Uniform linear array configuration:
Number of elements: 32
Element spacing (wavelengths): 0.25
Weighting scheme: binomial
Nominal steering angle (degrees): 0
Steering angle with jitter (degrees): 1.447
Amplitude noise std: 0.05
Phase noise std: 0.05

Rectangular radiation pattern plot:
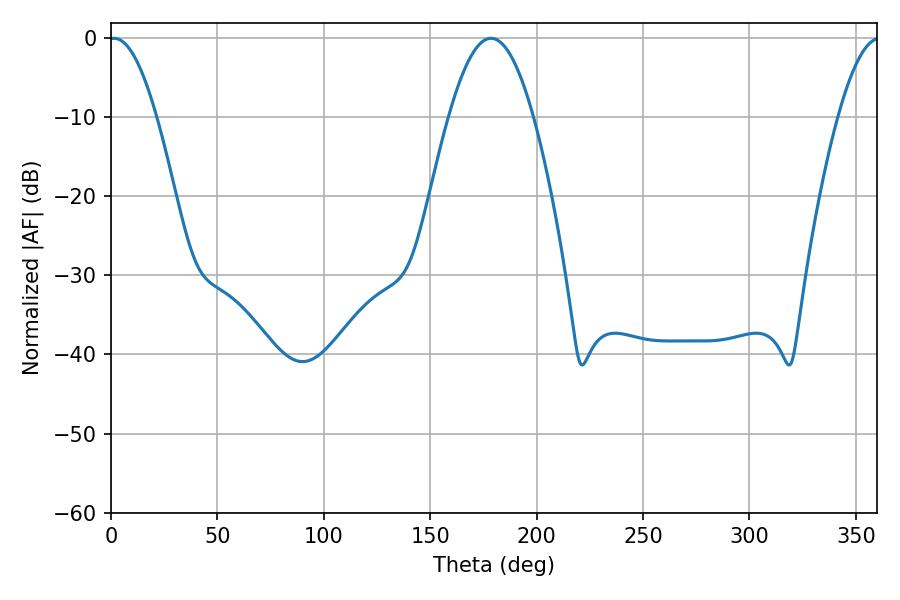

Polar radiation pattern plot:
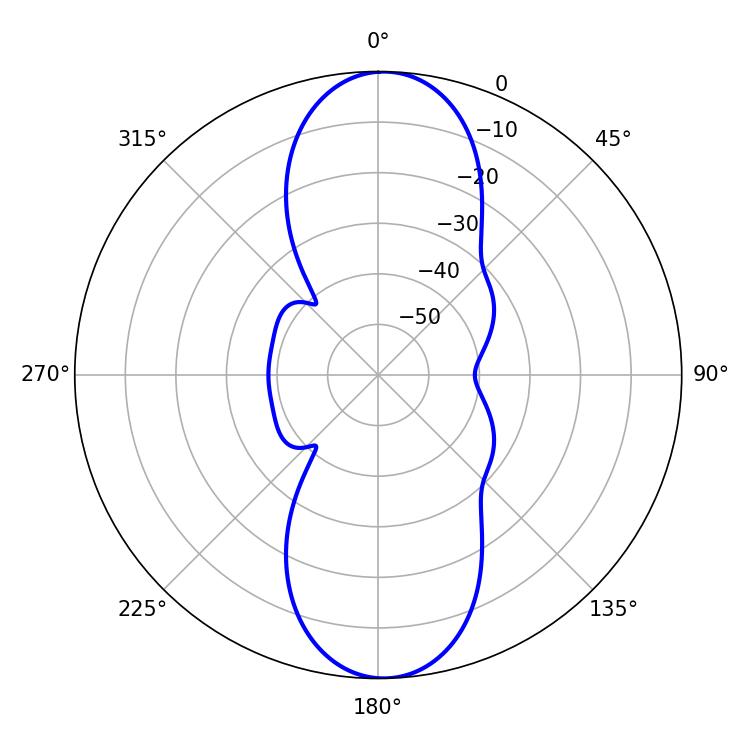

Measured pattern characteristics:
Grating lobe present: FALSE
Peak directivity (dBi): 19.714
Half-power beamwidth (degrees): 12.24
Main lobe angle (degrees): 1.44